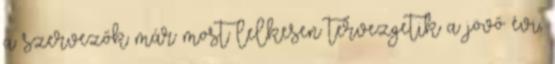
a szervezők már most lelkesen tervezgetik a jövő évi,